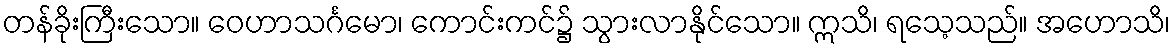
တန်ခိုးကြီးသော။ ဝေဟာသင်္ဂမော၊ ကောင်းကင်၌ သွားလာနိုင်သော။ ဣသိ၊ ရသေ့သည်။ အဟောသိ၊